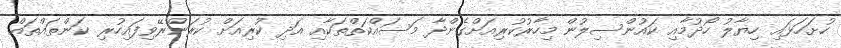
ހުށަހަޅައި ހިޔާލު ހޯދުމާއި ކައުންސިލުން މިހާރުކުރިއަށްގެންދާ މަސައްކަތްތަކާއި އަދި ކުރިއަށް ކުރަންރޭވިފައިހުރި ކަންތައްތައް